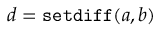
d = { \tt s e t d i f f } ( a , b )